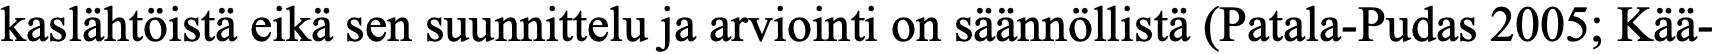
kaslähtöistä eikä sen suunnittelu ja arviointi on säännöllistä (Patala-Pudas 2005; Kää-